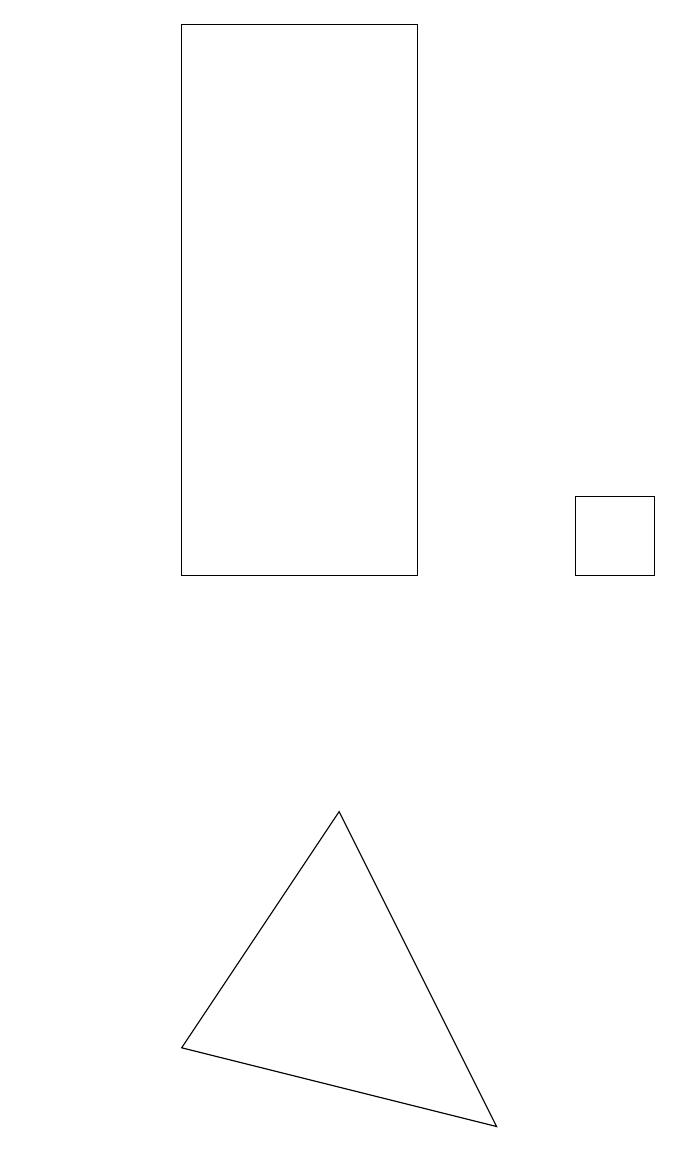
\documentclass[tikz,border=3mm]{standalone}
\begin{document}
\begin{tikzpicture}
\draw (6,18) rectangle (3,11);
\draw (1,16) rectangle (1,16);
\draw (3,5) -- (7,4) -- (5,8) -- cycle;
\draw (8,11) rectangle (9,12);
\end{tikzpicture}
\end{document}